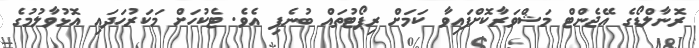
ރޮނާލްޑޯގެ އޭޖެންޓް މަޝްވަރާކޮށްފައިވާ ކަމަށް ރިޕޯޓުތައް ބުނެފި އެވެ. ޓެކުހަށް މަކަރުހަދައި އޮޅުވާލުމުގެ